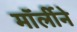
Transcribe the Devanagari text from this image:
मॉर्लीने